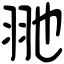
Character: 𦏸